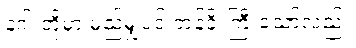
နဂါးတို့မှာ မည်မျှပင် တန်ခိုးကြီးသော်လည်း